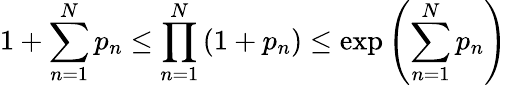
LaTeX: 1+\sum_{n=1}^{N}p_{n}\leq\prod_{n=1}^{N}\left(1+p_{n}\right)\leq\exp\left(\sum_{n=1}^{N}p_{n}\right)